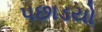
પછાડયો